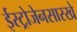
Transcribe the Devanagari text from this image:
ईस्ट्रोजेनसारखे